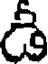
డి